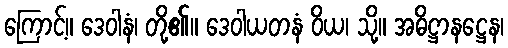
ကြောင့်။ ဒေဝါနံ၊ တို့၏။ ဒေဝါယတနံ ဝိယ၊ သို့။ အဓိဋ္ဌာနဋ္ဌေန၊